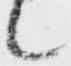
候